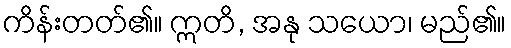
ကိန်းတတ်၏။ ဣတိ, အနု သယော၊ မည်၏။